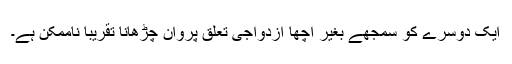
ایک دوسرے کو سمجھے بغیر اچھا ازدواجی تعلق پروان چڑھانا تقریباً ناممکن ہے۔